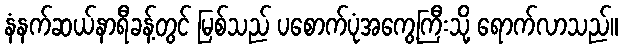
နံနက်ဆယ်နာရီခန့်တွင် မြစ်သည် ပစောက်ပုံအကွေ့ကြီးသို့ ရောက်လာသည်။